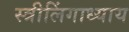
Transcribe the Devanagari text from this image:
स्त्रीलिंगाध्याय